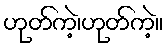
ဟုတ်ကဲ့၊ဟုတ်ကဲ့။